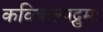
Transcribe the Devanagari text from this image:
कविकल्पद्रुमः